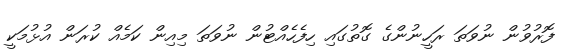
ފޮރުވުން ނުވަތަ ރަހީނުންގެ ގޮތުގައި ހިފެހެއްޓުން ނުވަތަ މިއިން ކަމެއް ކުރަން އުޅުމަކީ